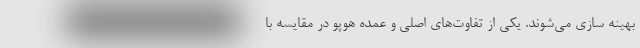
بهینه سازی می‌شوند. یکی از تفاوت‌های اصلی و عمده هوپو در مقایسه با